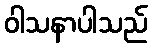
ဝါသနာပါသည်